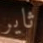
ثاير